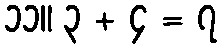
၁၁။ ၃ + ၄ = ၇